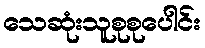
သေဆုံးသူစုစုပေါင်း